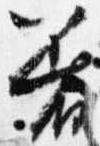
着